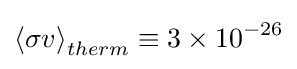
\left\langle \sigma v\right\rangle _{therm}\equiv 3\times 10^{-26}